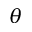
\theta